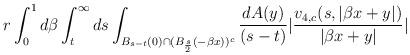
LaTeX: \begin{align*} &r \int_{0}^{1} d\beta \int_{t}^{\infty} ds \int_{B_{s-t}(0) \cap(B_{\frac{s}{2}}(-\beta x))^{c}} \frac{dA(y)}{(s-t)} |\frac{v_{4,c}(s,|\beta x+y|)}{|\beta x+y|}|\end{align*}